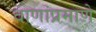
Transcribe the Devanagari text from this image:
वाणांप्रमाणे